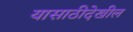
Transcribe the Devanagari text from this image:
यासाठीदेखील